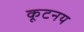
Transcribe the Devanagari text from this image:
कूटनय